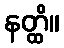
နတ္ထိ။